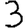
Digit: 3